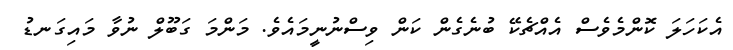
އެކަހަލަ ކޮންމެވެސް އެއްޗެކޭ ބުނެގެން ކަން ވިސްނުނީމައެވެ. މަންމަ ގަބޫލް ނުވާ މައިގަނޑު